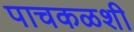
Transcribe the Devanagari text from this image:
पाचकळशी